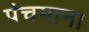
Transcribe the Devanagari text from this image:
पंचगाना